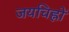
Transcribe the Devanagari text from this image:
जयचिह्नों